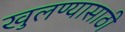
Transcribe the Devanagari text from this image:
खुलण्यासाठी